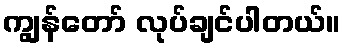
ကျွန်တော် လုပ်ချင်ပါတယ်။